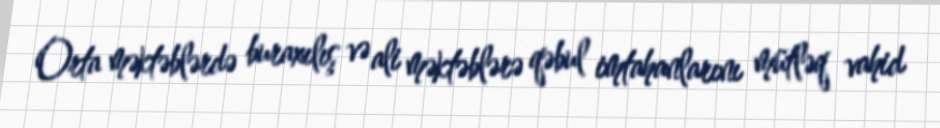
Orta məktəblərdə buraxılış və ali məktəblərə qəbul imtahanlarını mütləq vahid